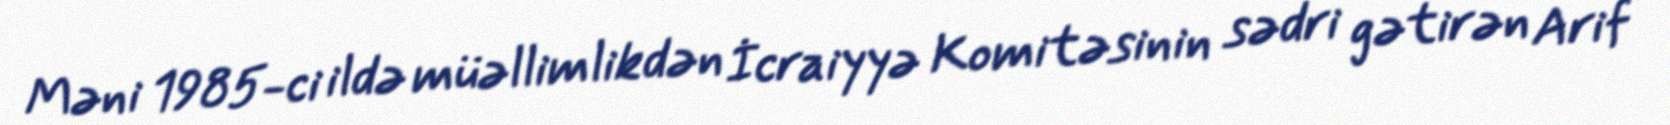
Məni 1985-ci ildə müəllimlikdən İcraiyyə Komitəsinin sədri gətirən Arif